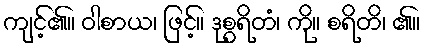
ကျင့်၏။ ဝါစာယ၊ ဖြင့်။ ဒုစွရိတံ၊ ကို။ စရိတိ၊ ၏။